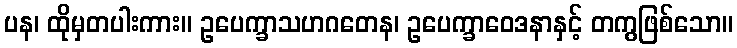
ပန၊ ထိုမှတပါးကား။ ဥပေက္ခာသဟဂတေန၊ ဥပေက္ခာဝေဒနာနှင့် တကွဖြစ်သော။